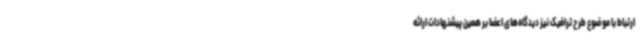
ارتباط با موضوع طرح ترافیک نیز دیدگاه‌های اعضا بر همین پیشنهادات ارائه